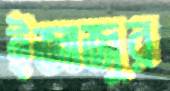
ইজাজুর